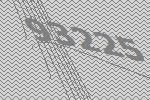
93225